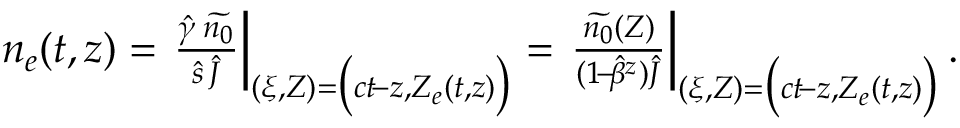
\begin{array} { r } { n _ { e } ( t , z ) = \left. \frac { \hat { \gamma } \: \widetilde { n _ { 0 } } } { \hat { s } \, \hat { J } } \right\vert _ { ( \xi , Z ) = \big ( c t \! - z , Z _ { e } ( t , z ) \big ) } = \left. \frac { \widetilde { n _ { 0 } } ( Z ) } { ( 1 \! - \! \hat { \beta } ^ { z } ) \hat { J } } \right\vert _ { ( \xi , Z ) = \big ( c t \! - z , Z _ { e } ( t , z ) \big ) } . } \end{array}